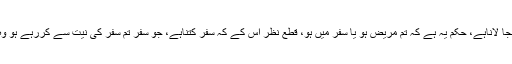
بات وہی ہے کہ اصل بنیاد تقویٰ پرہے، حکم بجا لاناہے، حکم یہ ہے کہ تم مریض ہو یا سفر میں ہو، قطع نظر اس کے کہ سفر کتناہے، جو سفر تم سفر کی نیت سے کررہے ہو وہ سفر ہے اور اس میں روزہ نہیں رکھناچاہئے۔